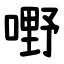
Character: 嘢